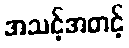
အသင့်အတင့်